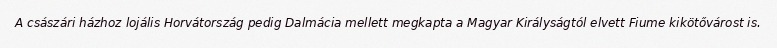
A császári házhoz lojális Horvátország pedig Dalmácia mellett megkapta a Magyar Királyságtól elvett Fiume kikötővárost is.